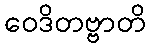
ဝေဒိတဗ္ဗာတိ